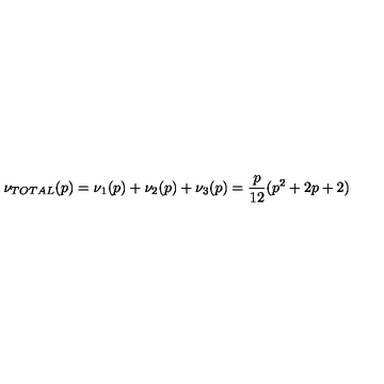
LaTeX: \nu _ { T O T A L } ( p ) = \nu _ { 1 } ( p ) + \nu _ { 2 } ( p ) + \nu _ { 3 } ( p ) = \frac { p } { 1 2 } ( p ^ { 2 } + 2 p + 2 )